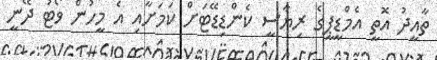
ތާއީދު އޮތީ އެމްޑީޕީގެ ރިޔާސީ ކެންޑިޑޭޓަށް ކަމަށާއި އެ މީހުން ވޯޓު ދޭނީ